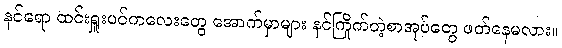
နင်ရော ထင်းရှူးပင်ကလေးတွေ အောက်မှာများ နင်ကြိုက်တဲ့စာအုပ်တွေ ဖတ်နေမလား။